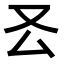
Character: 𠬟